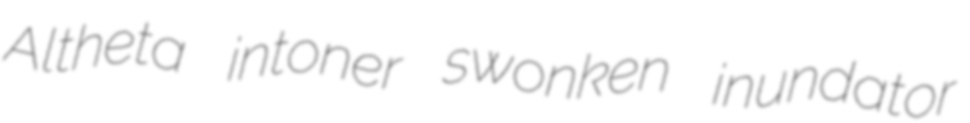
Altheta intoner swonken inundator